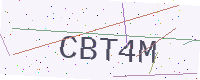
Text: CBT4M